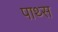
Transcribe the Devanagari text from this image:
पाथ्स